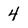
Character: 4